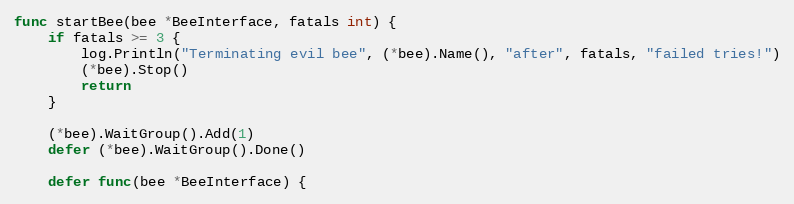
Language: Go
func startBee(bee *BeeInterface, fatals int) {
	if fatals >= 3 {
		log.Println("Terminating evil bee", (*bee).Name(), "after", fatals, "failed tries!")
		(*bee).Stop()
		return
	}

	(*bee).WaitGroup().Add(1)
	defer (*bee).WaitGroup().Done()

	defer func(bee *BeeInterface) {